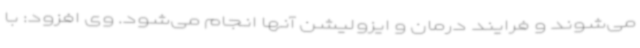
می‌شوند و فرایند درمان و ایزولیشن آنها انجام می‌شود. وی افزود: با